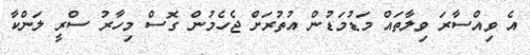
އެ ވިއްސާރަ ވިލާތައް މަޑުމަޑުން އުތުރަށް ޖެހެމުން ގޮސް މިހާރު ސްރީ ލަންކާ